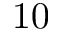
1 0